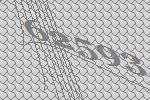
62593